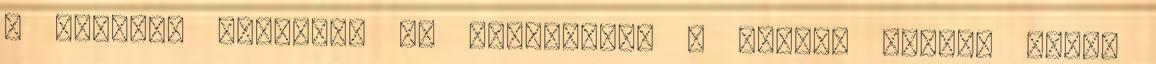
a betegek ellátása is zavartalan - tették hozzá. Ezzel